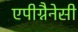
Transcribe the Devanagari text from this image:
एपीग्नैनेसी